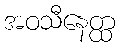
အဝသီနေတ္ထ